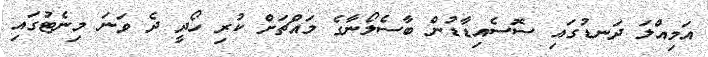
އަމިއްލަ ދަނޑުގައި ސޮސެއިޑާޑުން ބާސެލޯނާގެ މައްޗަށް ކުރި ހޯދީ ދެ ވަނަ މިނެޓުގައި